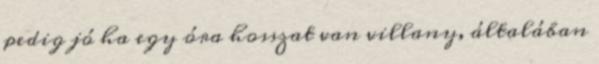
pedig jó ha egy óra hosszat van villany, általában